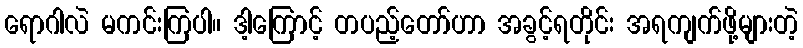
ရောဂါလဲ မကင်းကြပါ။ ဒါ့ကြောင့် တပည့်တော်ဟာ အခွင့်ရတိုင်း အရကျက်ဖို့များတဲ့